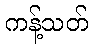
ကန့်သတ်